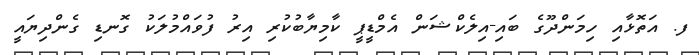
ފ. އަތޮޅާއި ހިމަންދޫގެ ބައި-އިލެކްޝަން އެމްޑީޕީ ކާމިޔާބުކުރި އިރު ފުވައްމުލަކު ގޮނޑި ގެންދިޔައީ